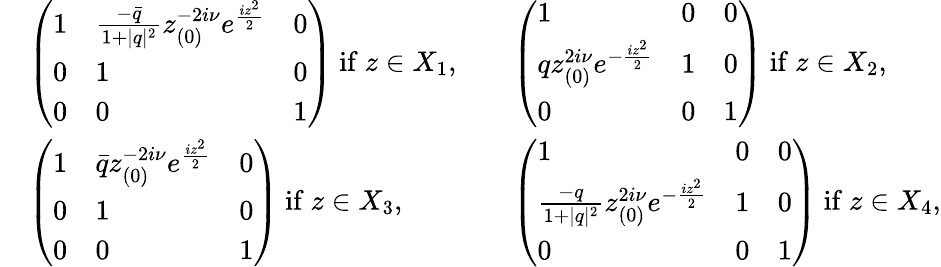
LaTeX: \begin{array}{rlrl}&{\left(\begin{array}{lll}{1}&{\frac{-\bar{q}}{1+|q|^{2}}z_{(0)}^{-2i\nu}e^{\frac{iz^{2}}{2}}}&{0}\\ {0}&{1}&{0}\\ {0}&{0}&{1}\end{array}\right)\mathrm{~if~}z\in X_{1},}&&{\left(\begin{array}{lll}{1}&{0}&{0}\\ {qz_{(0)}^{2i\nu}e^{-\frac{iz^{2}}{2}}}&{1}&{0}\\ {0}&{0}&{1}\end{array}\right)\mathrm{~if~}z\in X_{2},}\\ &{\left(\begin{array}{lll}{1}&{\bar{q}z_{(0)}^{-2i\nu}e^{\frac{iz^{2}}{2}}}&{0}\\ {0}&{1}&{0}\\ {0}&{0}&{1}\end{array}\right)\mathrm{~if~}z\in X_{3},}&&{\left(\begin{array}{lll}{1}&{0}&{0}\\ {\frac{-q}{1+|q|^{2}}z_{(0)}^{2i\nu}e^{-\frac{iz^{2}}{2}}}&{1}&{0}\\ {0}&{0}&{1}\end{array}\right)\mathrm{~if~}z\in X_{4},}\end{array}